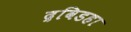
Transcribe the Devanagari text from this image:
द्रविडहा